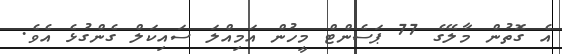
އެ ގޮތުން މާލޭގެ 77 ޕަސެންޓް މީހުން އަމިއްލަ ސައިކަލް ގެންގުޅެ އެވެ.